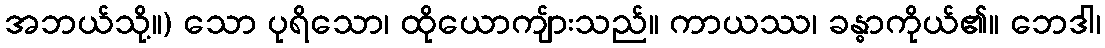
အဘယ်သို့။) သော ပုရိသော၊ ထိုယောကျ်ားသည်။ ကာယဿ၊ ခန္ဓာကိုယ်၏။ ဘေဒါ၊